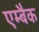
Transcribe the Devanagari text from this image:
एम्बैक